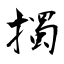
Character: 擉